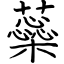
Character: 蘂